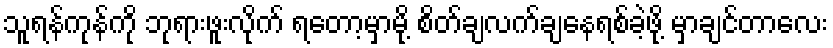
သူရန်ကုန်ကို ဘုရားဖူးလိုက် ရတော့မှာမို့ စိတ်ချလက်ချနေရစ်ခဲ့ဖို့ မှာချင်တာလေး